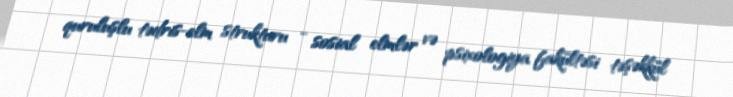
quruluşlu tədris-elm strukturu - sosial elmlər və psixologiya fakültəsi təşəkkül